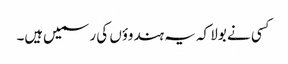
کسی نے بولا کہ یہ ہندوؤں کی رسمیں‌ہیں۔